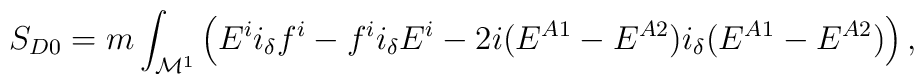
S_{D0} = m \int_{{\cal M}^1}\left(E^i i_\delta f^i -f^i i_\delta E^i -2i(E^{A1} - E^{A2}) i_\delta  (E^{A1} - E^{A2})\right),